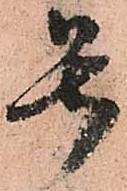
号